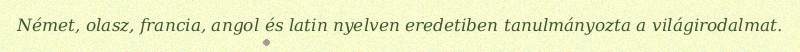
Német, olasz, francia, angol és latin nyelven eredetiben tanulmányozta a világirodalmat.